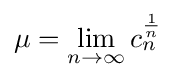
\mu =\lim _{n\to \infty }c_{n}^{\frac {1}{n}}